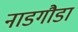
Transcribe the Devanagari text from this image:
नाडगौडा